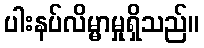
ပါးနပ်လိမ္မာမှုရှိသည်။